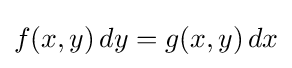
f(x,y)\,dy=g(x,y)\,dx